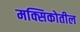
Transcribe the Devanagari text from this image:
मक्सिकोतील